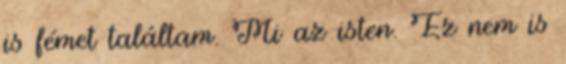
is fémet találtam. Mi az isten. Ez nem is